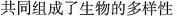
共同组成了生物的多样性